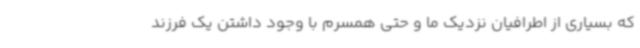
که بسیاری از اطرافیان نزدیک ما و حتی همسرم با وجود داشتن یک فرزند